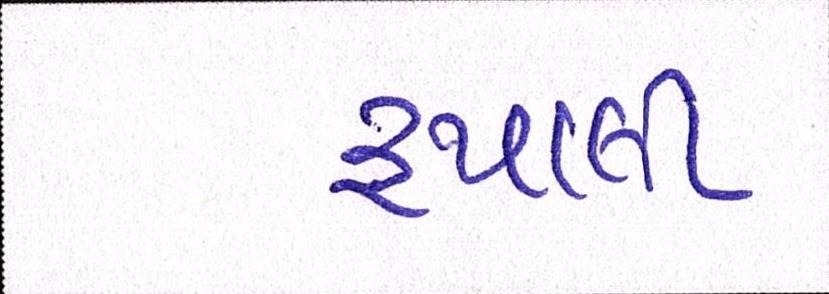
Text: રુપાણી